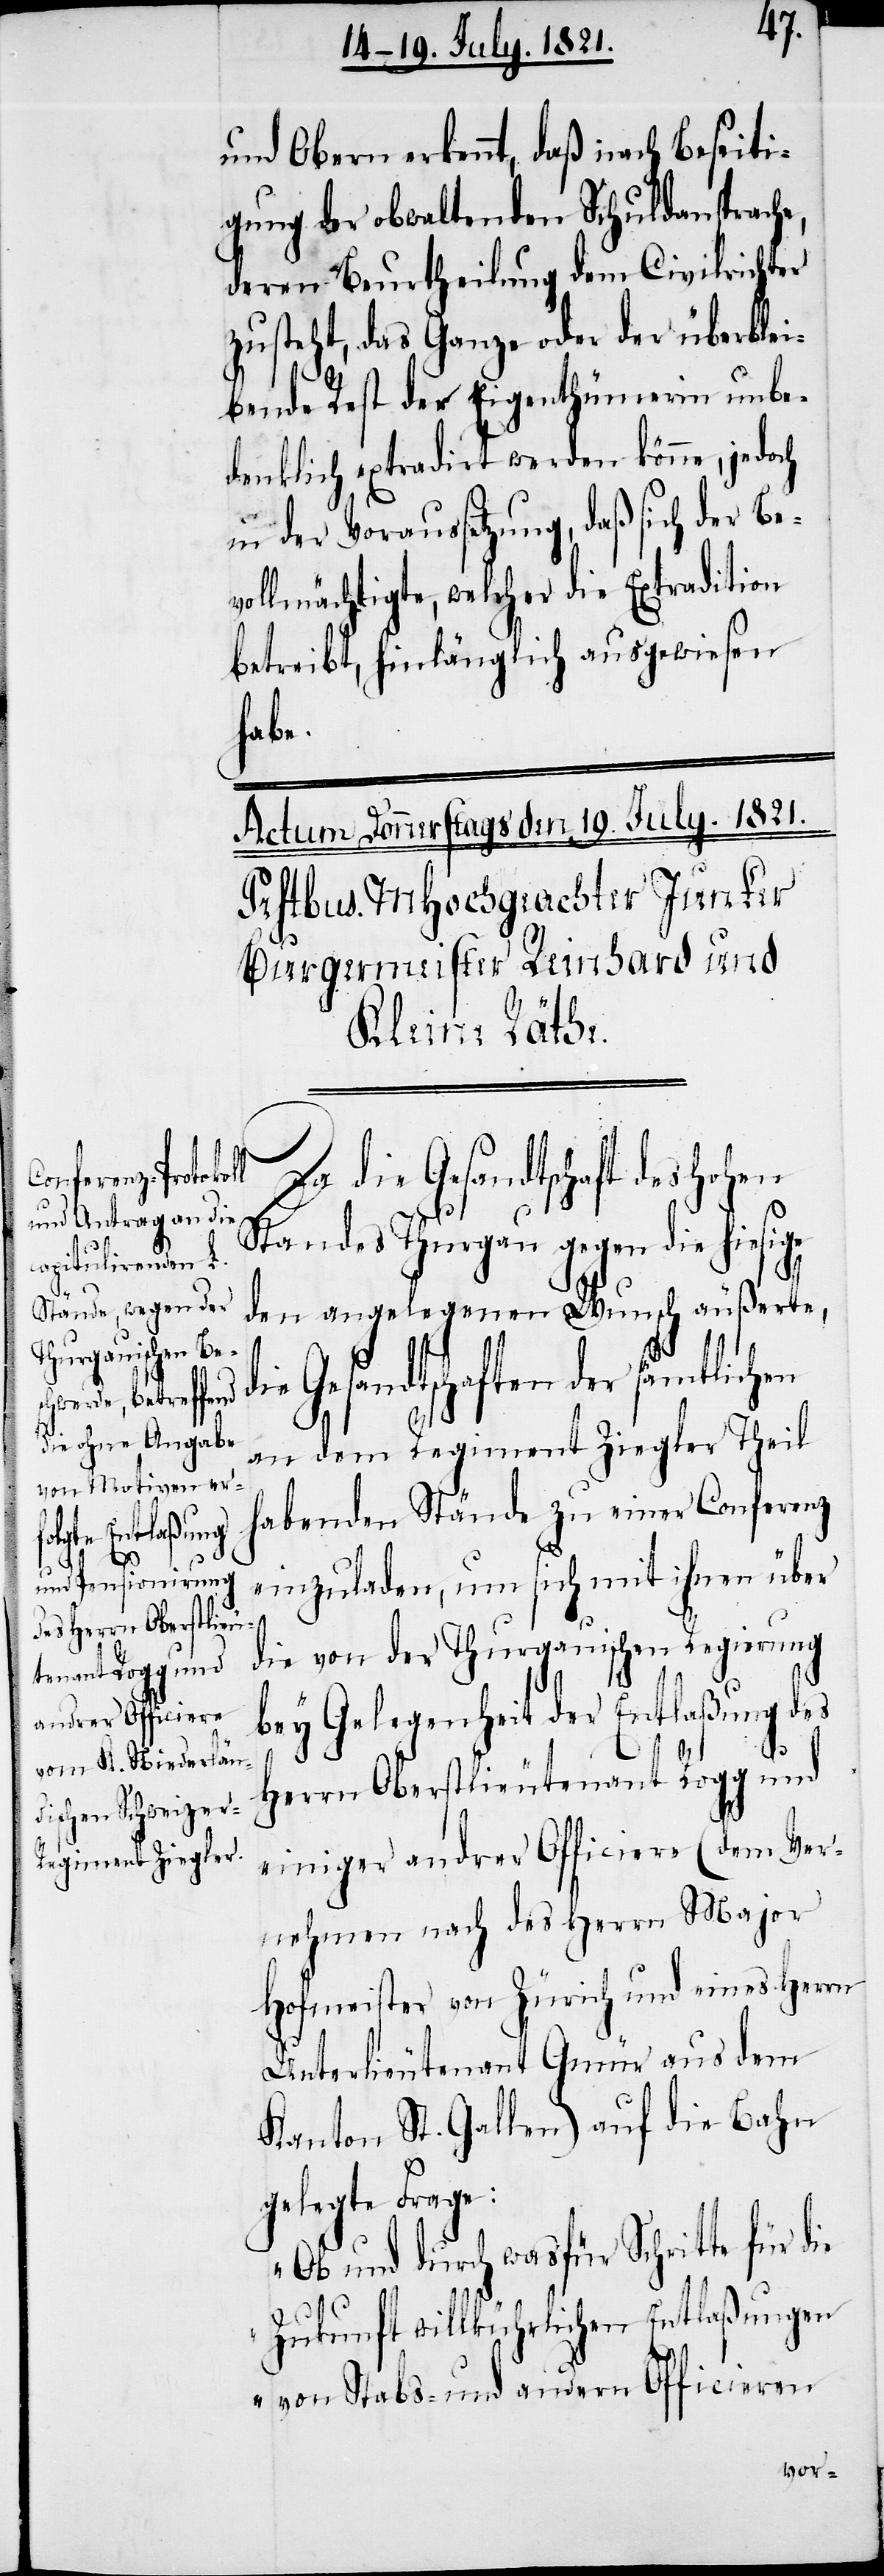
d¬

und Obern erkennt, daß nach Beseiti¬
gung der obwaltenden Schuldansprach¬
deren Beurtheilung dem Civilrichter
zusteht, das Ganze oder der überblei¬
bende Rest der Eigenthümerin unbe¬
denklich extradirt werden könne, jedoch
in der Voraussetzung, daß sich der Be¬
vollmächtigte, welcher die Extradition
betreibt, hinlänglich ausgewiesen
habe.
die Gesandtschaft des hohen
Standes Thurgau gegen die hiesige
en
den angelegenen Wunsch äußerte,
ie Gesandtschaften der sämtlich¬
an dem Regiment Ziegler Theil
habenden Stände zu einer Conferenz
einzuladen, um sich mit ihnen über
die von der Thurgauischen Regierung
bey Gelegenheit der Entlaßung des
Herrn Oberstlieutenant Rogg und
einiger andrer Officiere (dem Ver¬
nehmen nach des Herrn Major
Hofmeister von Zürich und eines Herrn
Unterlieutenant Gmür aus dem
Kanton St. Gallen) auf die Bahn
gelegte Frage:
„Ob und durch wasfür Schritte für die
Zukunft willkührlichen Entlaßungen
von Stabs- und andern Officieren